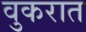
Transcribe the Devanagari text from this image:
वुकरात